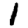
Digit: 1